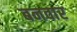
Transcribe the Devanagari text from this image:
बनवार